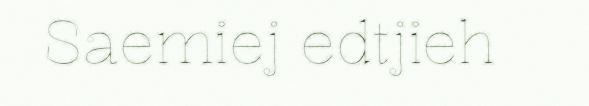
Saemiej edtjieh